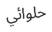
حلوائي